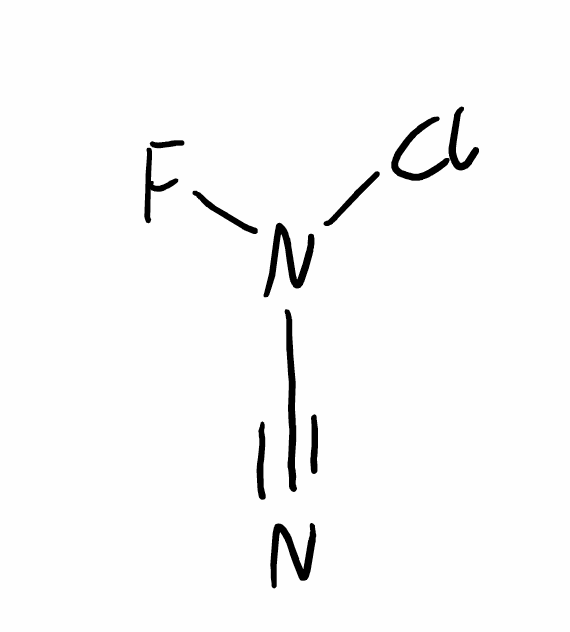
Simplified molecular-input line-entry system (SMILES) notation of the given molecule:
C(#N)N(F)Cl